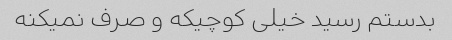
بدستم رسید خیلی کوچیکه و صرف نمیکنه